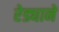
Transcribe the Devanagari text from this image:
रेड्याने